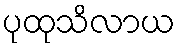
ပုထုသိလာယ